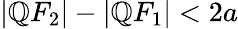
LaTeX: |\mathbb{Q}F_{2}|-|\mathbb{Q}F_{1}|<2a